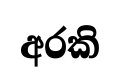
අරකි